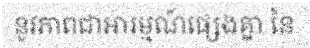
នូវភាពជាអារម្មណ៍ផ្សេងគ្នា នៃ